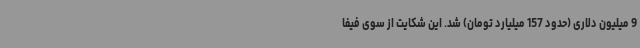
9 میلیون دلاری (حدود 157 میلیارد تومان) شد. این شکایت از سوی فیفا